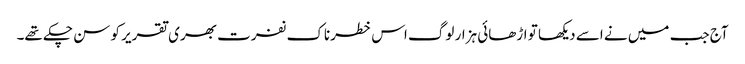
آج جب میں نے اسے دیکھا تو اڑھائی ہزار لوگ اس خطرناک نفرت بھری تقریر کو سن چکے تھے۔